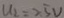
u _ { 2 } = 2 . 5 V